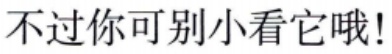
不过你可别小看它哦!